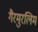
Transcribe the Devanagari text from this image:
गैरमुरलिम